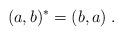
LaTeX: \begin{align*}(a,b)^*=(b,a)\;.\end{align*}